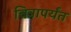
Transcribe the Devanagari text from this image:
चित्रापर्यंत